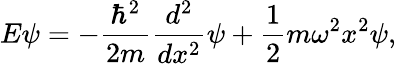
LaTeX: E\psi=-{\frac{\hbar^{2}}{2m}}{\frac{d^{2}}{dx^{2}}}\psi+{\frac{1}{2}}m\omega^{2}x^{2}\psi,